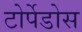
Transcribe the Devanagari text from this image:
टोर्पेडोस